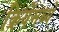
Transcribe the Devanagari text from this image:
क्रियेंमध्ये